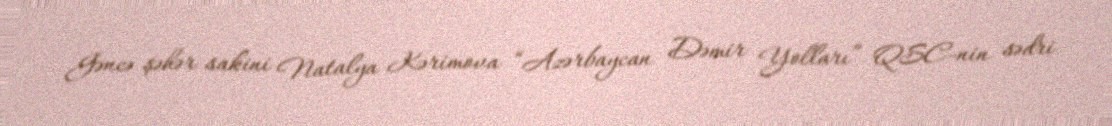
Gəncə şəhər sakini Natalya Kərimova “Azərbaycan Dəmir Yolları” QSC-nin sədri